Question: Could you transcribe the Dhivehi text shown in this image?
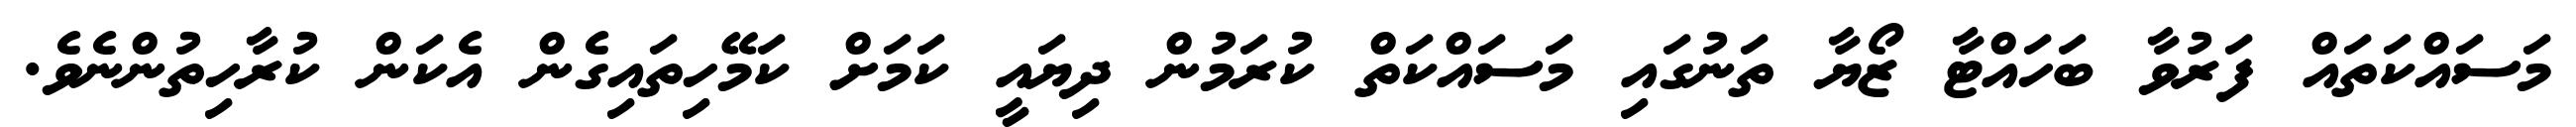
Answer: މަސައްކަތައް ފަރުވާ ބަހައްޓާ ޒޯޔާ ތަނުގައި މަސައްކަތް ކުރަމުން ދިޔައީ ކަމަށް ކަމޭހިތައިގެން އެކަން ކުރާހިތުންނެވެ.